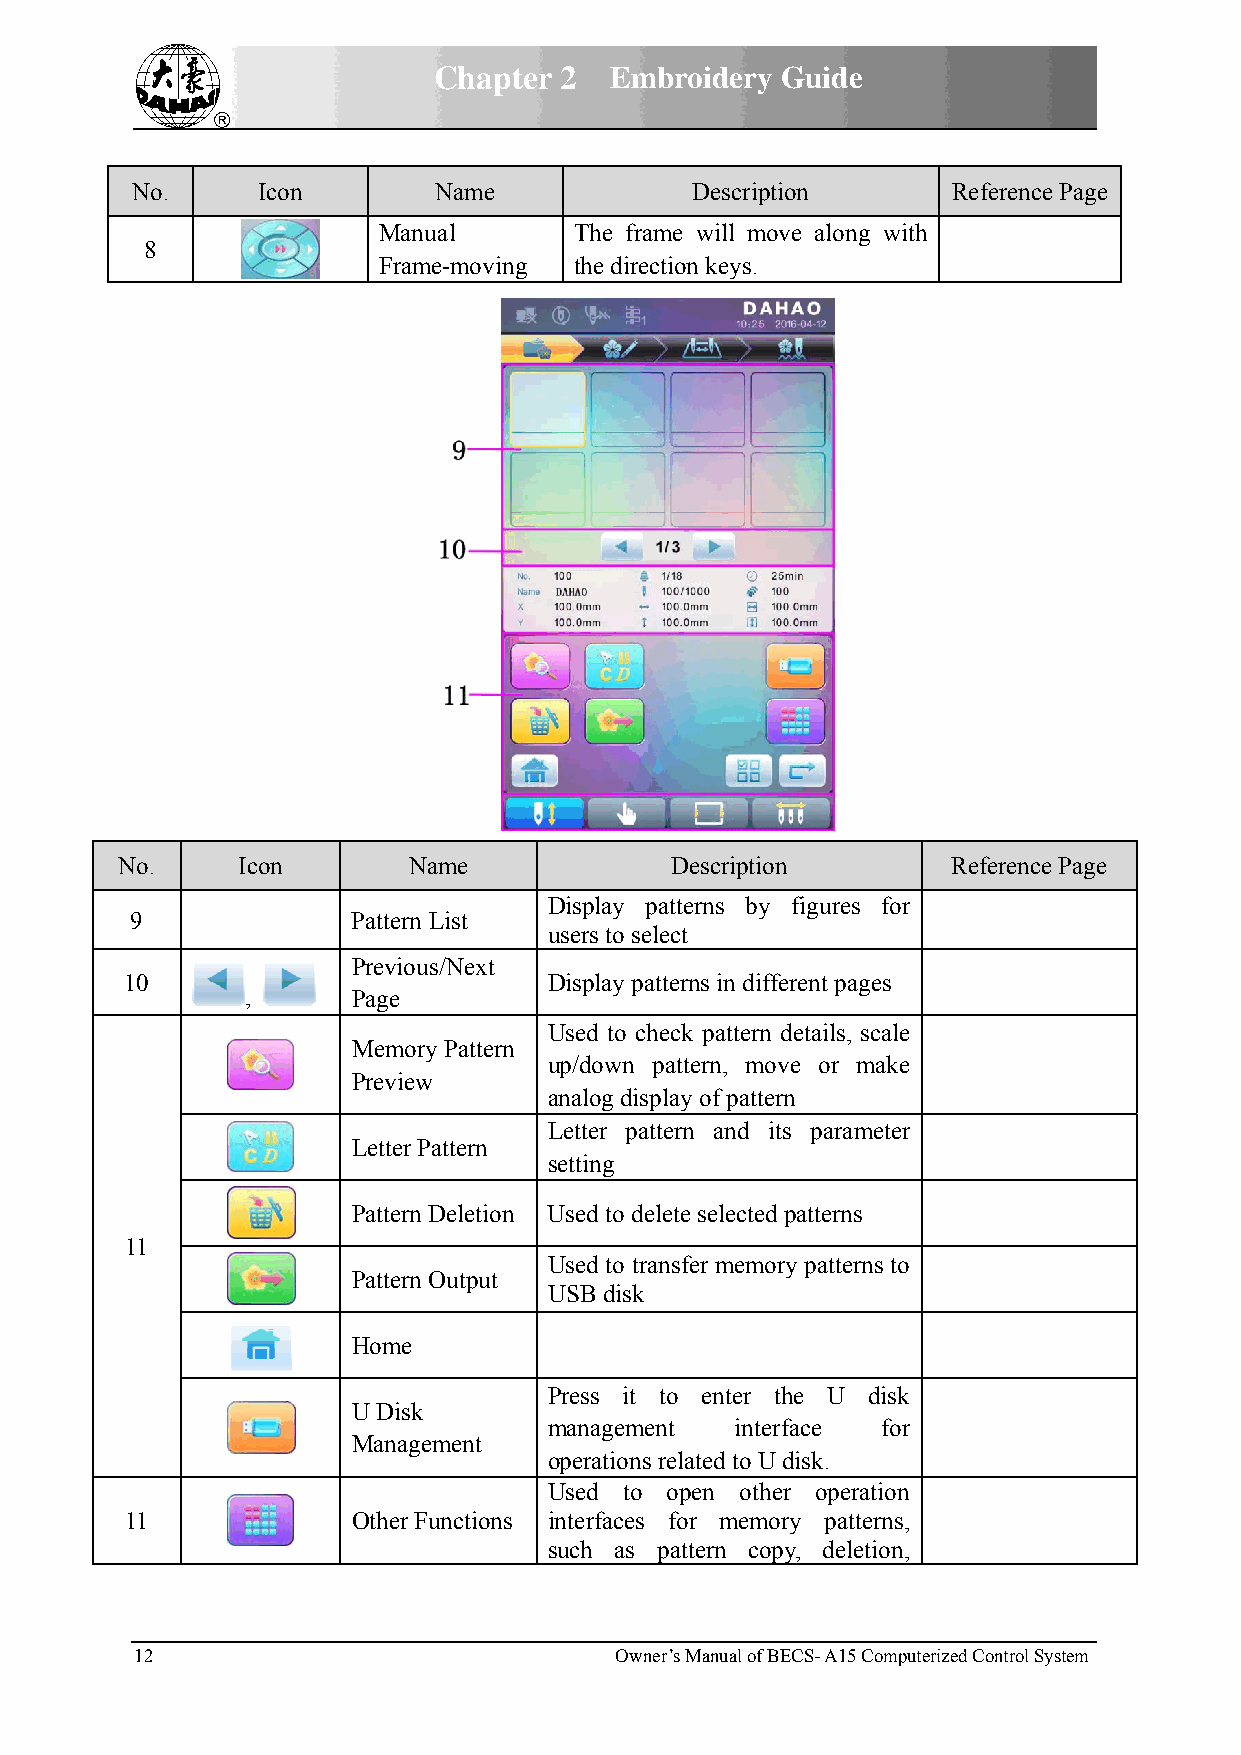
Chapter 2  Embroidery  Guide
 No.     Icon        Name             Description      Reference Page
 Manual       The frame will move along with
 8
 Frame-moving the direction keys.
 No.     Icon       Name             Description        Reference Page
 Display patterns by figures for
 9             Pattern List
 users to select
 Previous/Next
 10                          Display patterns in different pages
 ,      Page
 Used to check pattern details, scale
 Memory Pattern
 up/down pattern, move or make
 Preview
 analog display of pattern
 Letter pattern and its parameter
 Letter Pattern
 setting
 Pattern Deletion Used to delete selected patterns
 11
 Used to transfer memory patterns to
 Pattern Output
 USB disk
 Home
 Press it to enter the U disk
 U Disk
 management   interface for
 Management
 operations related to U disk.
 Used to open other operation
 11             Other Functions interfaces for memory patterns,
 such as pattern copy, deletion,
 12                              Owner’s Manual of BECS- A15 Computerized Control System